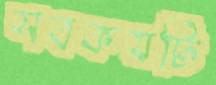
সবকয়টি